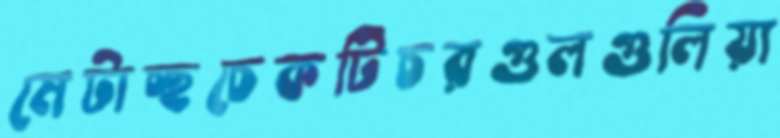
মেটাচ্ছচেকটিচরগুলগুলিয়া